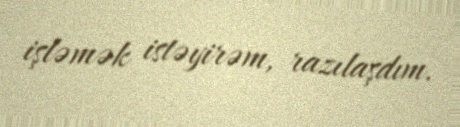
işləmək istəyirəm, razılaşdım.